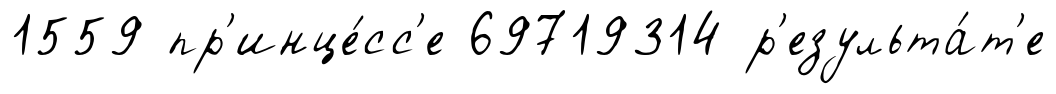
1559 пр'инце́сс'е 69719314 р'езульта́т'е